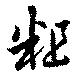
粗